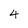
Character: 4